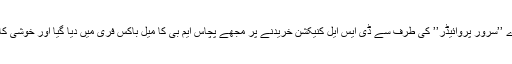
پھر 3 سال قبل میرے ’’سرور پروائیڈر’’ کی طرف سے ڈی ایس ایل کنیکشن خریدنے پر مجھے پچاس ایم بی کا میل باکس فری میں دیا گیا اور خوشی کا ٹھکانہ کوئی نہ تھا۔